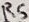
Text: R5